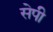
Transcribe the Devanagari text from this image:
सेपी